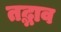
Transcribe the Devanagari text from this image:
तद्भाव